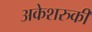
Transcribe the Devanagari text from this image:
अकेशरुकी